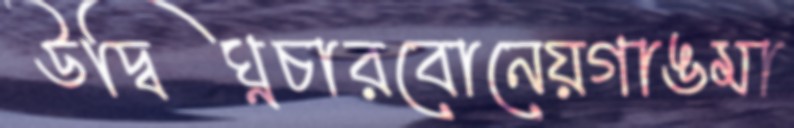
উদ্বিঘ্নচারবোনেয়গাঙমা